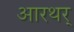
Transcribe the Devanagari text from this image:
आरथर्